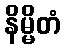
နိမ္မိတံ